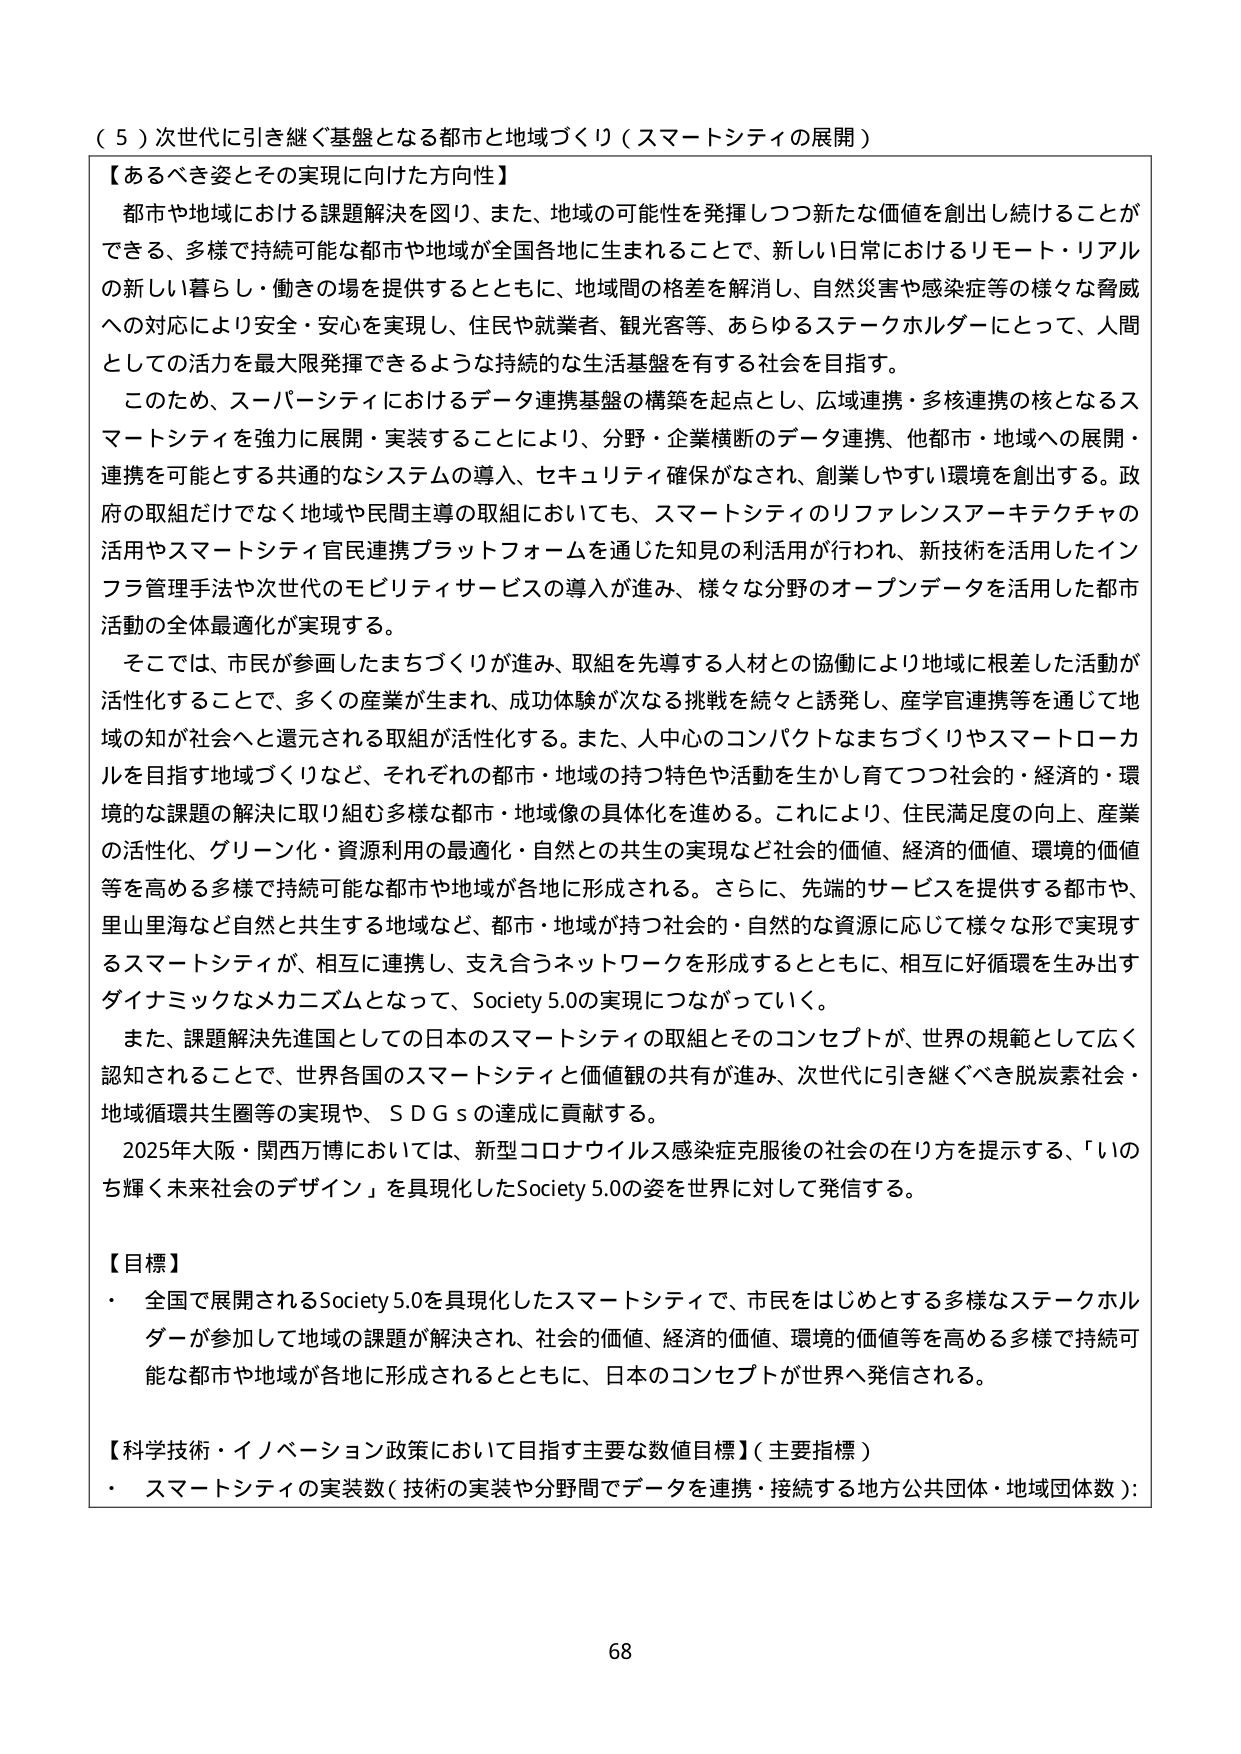
（５）次世代に引き継ぐ基盤となる都市と地域づくり（スマートシティの展開）

【あるべき姿とその実現に向けた方向性】
都市や地域における課題解決を図り、また、地域の可能性を発揮しつつ新たな価値を創出し続けることができる、多様で持続可能な都市や地域が全国各地に生まれることで、新しい日常におけるリモート・リアルの新しい暮らし・働きの場を提供するとともに、地域間の格差を解消し、自然災害や感染症等の様々な脅威への対応により安全・安心を実現し、住民や就業者、観光客等、あらゆるステークホルダーにとって、人間としての活力を最大限発揮できるような持続的な生活基盤を有する社会を目指す。

このため、スーパーシティにおけるデータ連携基盤の構築を起点とし、広域連携・多核連携の核となるスマートシティを強力に展開・実装することにより、分野・企業横断のデータ連携、他都市・地域への展開・連携を可能とする共通的なシステムの導入、セキュリティ確保がなされ、創業しやすい環境を創出する。政府の取組だけでなく地域や民間主導の取組においても、スマートシティのリファレンスアーキテクチャの活用やスマートシティ官民連携プラットフォームを通じた知見の利活用が行われ、新技術を活用したインフラ管理手法や次世代のモビリティサービスの導入が進み、様々な分野のオープンデータを活用した都市活動の全体最適化が実現する。

そこでは、市民が参画したまちづくりが進み、取組を先導する人材との協働により地域に根差した活動が活性化することで、多くの産業が生まれ、成功体験が次なる挑戦を続々と誘発し、産学官連携等を通じて地域の知が社会へと還元される取組が活性化する。また、人中心のコンパクトなまちづくりやスマートローカルを目指す地域づくりなど、それぞれの都市・地域の持つ特色や活動を生かし育てつつ社会的・経済的・環境的な課題の解決に取り組む多様な都市・地域像の具体化を進める。これにより、住民満足度の向上、産業の活性化、グリーン化・資源利用の最適化・自然との共生の実現など社会的価値、経済的価値、環境的価値等を高める多様で持続可能な都市や地域が各地に形成される。さらに、先端的サービスを提供する都市や、里山里海など自然と共生する地域など、都市・地域が持つ社会的・自然的な資源に応じて様々な形で実現するスマートシティが、相互に連携し、支え合うネットワークを形成するとともに、相互に好循環を生み出すダイナミックなメカニズムとなって、Society 5.0の実現につながっていく。

また、課題解決先進国としての日本のスマートシティの取組とそのコンセプトが、世界の規範として広く認知されることで、世界各国のスマートシティと価値観の共有が進み、次世代に引き継ぐべき脱炭素社会・地域循環共生圏等の実現や、ＳＤＧｓの達成に貢献する。

2025年大阪・関西万博においては、新型コロナウイルス感染症克服後の社会の在り方を提示する、「いのち輝く未来社会のデザイン」を具現化したSociety 5.0の姿を世界に対して発信する。

【目標】
・ 全国で展開されるSociety 5.0を具現化したスマートシティで、市民をはじめとする多様なステークホルダーが参加して地域の課題が解決され、社会的価値、経済的価値、環境的価値等を高める多様で持続可能な都市や地域が各地に形成されるとともに、日本のコンセプトが世界へ発信される。

【科学技術・イノベーション政策において目指す主要な数値目標】（主要指標）
・ スマートシティの実装数（技術の実装や分野間でデータを連携・接続する地方公共団体・地域団体数）：

68